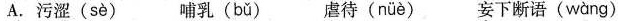
A.污涩( sè ) 哺乳( bǔ ) 虐待(nüè) 妄下断语( wàng )